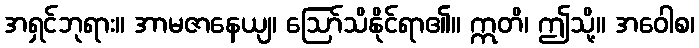
အရှင်ဘုရား။ အာမဇာနေယျ၊ ဩော်သိနိုင်ရာ၏။ ဣတိ၊ ဤသို့။ အဝေါစ၊